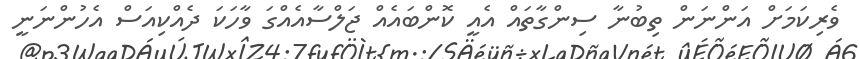
ވެރިކަމަށް އަންނަން ތިބުނާ ސިންގާތައް އެއީ ކޮންބައެއް ޖަލްސާއެއްގަ ވާހަކަ ދެއްކިއަސް އެހުންނަނީ